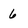
Character: 6